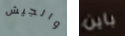
والجيش باين